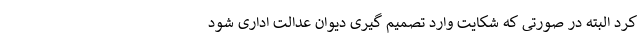
کرد البته در صورتی که شکایت وارد تصمیم گیری دیوان عدالت اداری شود